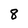
Character: 8